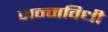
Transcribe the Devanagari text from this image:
जन्मविधी